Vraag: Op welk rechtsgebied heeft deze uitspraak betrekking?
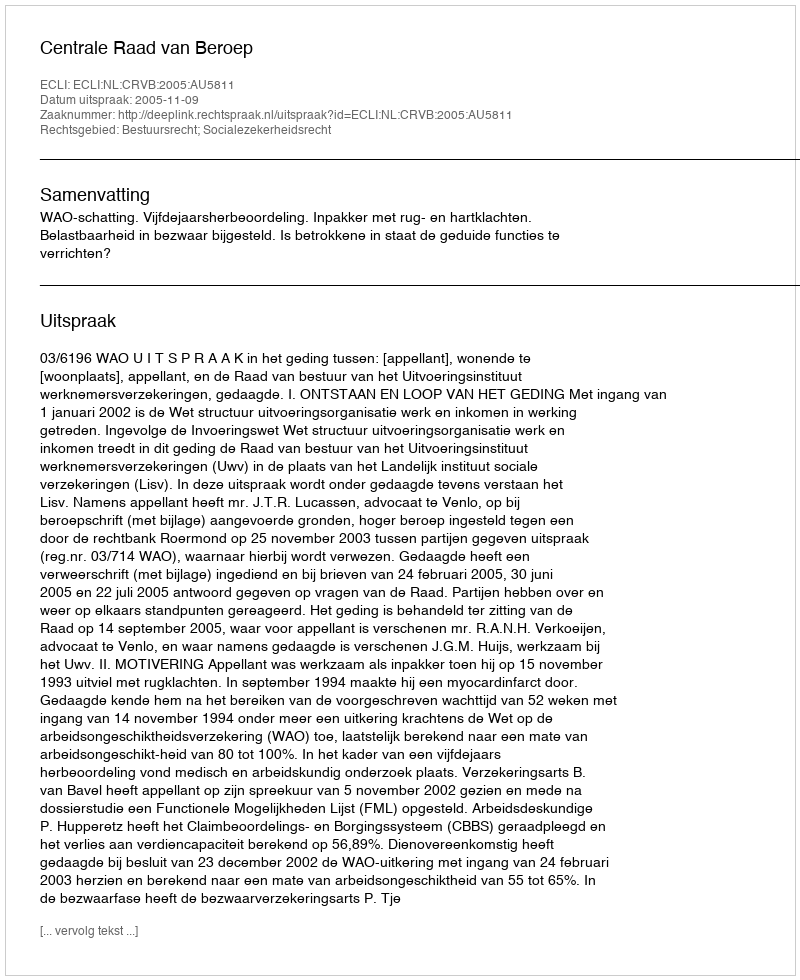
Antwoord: Bestuursrecht; Socialezekerheidsrecht